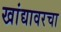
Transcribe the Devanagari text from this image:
खांद्यावरचा